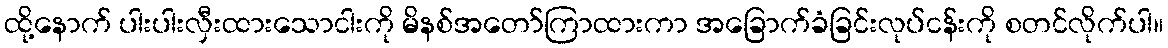
ထို့နောက် ပါးပါးလှီးထားသောငါးကို မိနစ်အတော်ကြာထားကာ အခြောက်ခံခြင်းလုပ်ငန်းကို စတင်လိုက်ပါ။